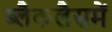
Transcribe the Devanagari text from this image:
ब्लैकलैसमें